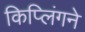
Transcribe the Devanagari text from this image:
किप्लिंगने